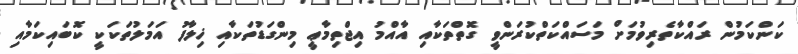
ކަންކަމުން ރައްކާތެރިވުމަށް މަސައްކަތްކުރަންވީ ގޮތްތަކާއި އާއްމު އިޖްތިމާޢީ މިންގަޑުތަކާއި ޚިލާފު އަމަލުތަކަކީ ކޮބައިކަމާއި